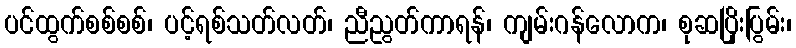
ပင်ထွက်စစ်စစ်၊ ပင့်ရစ်သတ်လတ်၊ ညီညွတ်ကာရန်၊ ကျမ်းဂန်လောက၊ စုဆပြိုးပြွမ်း၊